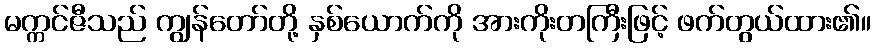
မက္ကင်ဇီသည် ကျွန်တော်တို့ နှစ်ယောက်ကို အားကိုးတကြီးဖြင့် ဖက်တွယ်ထား၏။